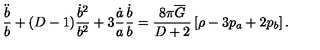
\frac { \ddot { b } } { b } + ( D - 1 ) \frac { \dot { b } ^ { 2 } } { b ^ { 2 } } + 3 \frac { \dot { a } } { a } \frac { \dot { b } } { b } = \frac { 8 \pi \overline { { G } } } { D + 2 } \left[ \rho - 3 p _ { a } + 2 p _ { b } \right] .